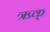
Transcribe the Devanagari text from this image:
ऋक्‌